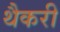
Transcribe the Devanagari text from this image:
थैकरी